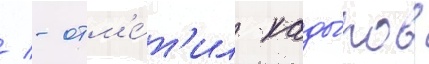
/ - отм'е́т'ил кады́ров